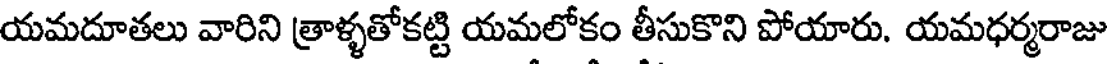
యమదూతలు వారిని త్రాళ్ళతోకట్టి యమలోకం తీసుకొని పోయారు. యమధర్మరాజు